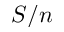
S / n